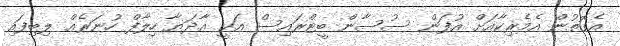
އެގޮތުން އެމެރިކާއަށް އުފަން ސުސާން ބީޓްރައިސް އަކީ އާދަޔާ ހިލާފް ހުނަރެއް ލިބިފައި